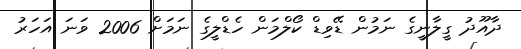
ދާއޫދު ގީލާނީގެ ނަމުން ޑޭވިޑް ކޯލްމަން ހެޑްލީގެ ނަމަށް 2006 ވަނަ އަހަރު